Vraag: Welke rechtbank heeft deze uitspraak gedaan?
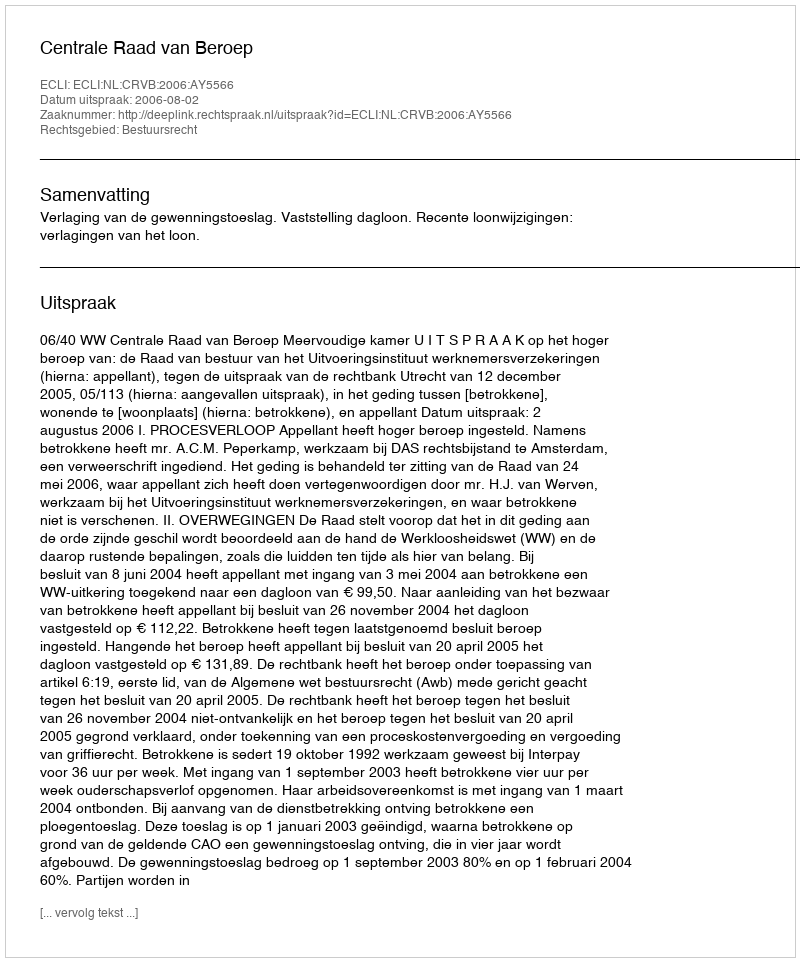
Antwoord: Centrale Raad van Beroep